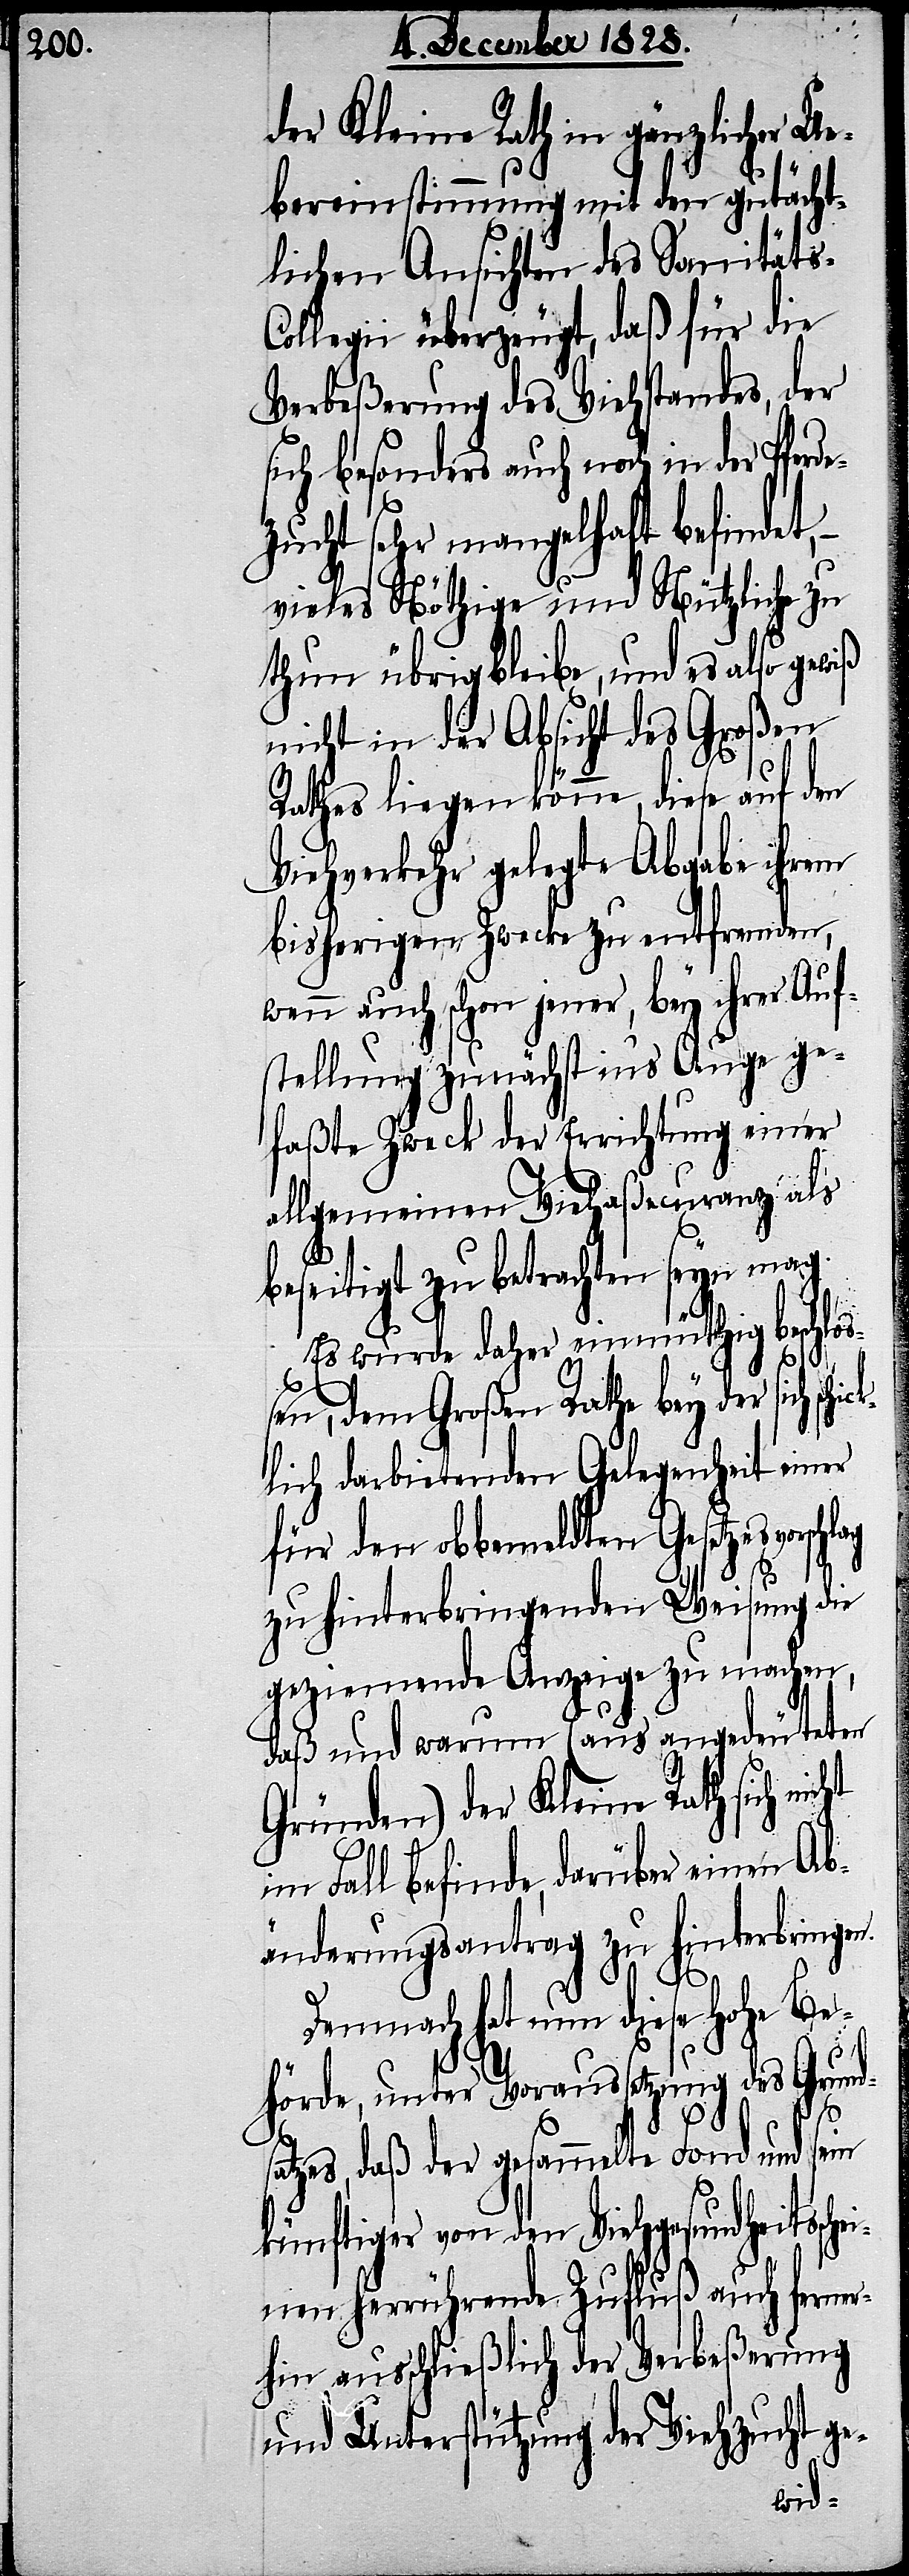
Ue¬
der Kleine Rath in gänzlicher
bereinstimmung mit den gutächt¬
lichen Ansichten des Sanitäts-C¬
ollegii überzeugt, daß für die
Verbeßerung des Viehstandes, der
sich besonders auch noch in der Pfe¬
zucht sehr mangelhaft befindet,
vieles Nöthige und Nützliche zu
thun übrig bleibe, und es also gewiß
nicht in der Absicht des Großen
Rathes liegen könne, diese auf den
Viehverkehr gelegte Abgabe ihrem
bisherigen Zwecke zu entfremden,
wenn auch schon jener, bey ihrer Auf¬
stellung zunächst ins Auge ge¬
faßte Zweck der Errichtung einer
allgemeinen Viehaßecuranz als
beseitigt zu betrachten seyn mag.
Es wurde daher einmüthig beschlo¬
ßen, dem Großen Rathe bey der sich sch¬
lich darbietenden Gelegenheit einer
für den obbemeldten Gesetzesvorsch¬
zu hinterbringenden Weisung die
geziemende Anzeige zu machen,
daß und warum (aus angedeuteten
Gründen) der Kleine Rath sich n¬
im Fall befinde, darüber einen Ab¬
änderungsantrag zu hinterbringen.
Demnach hat nun diese hohe Be¬
icht
hörde, unter Voraussetzung des Grund¬
satzes, daß der gesammelte Fond und sein
künftiger von den Viehgesundheitssch¬
einen herrührende Zufluß auch ferner¬
hin ausschließlich der Verbeßerung
und Unterstützung der Viehzucht ge-